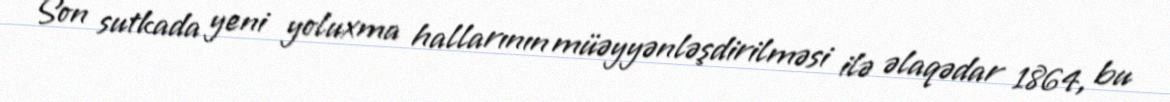
Son sutkada yeni yoluxma hallarının müəyyənləşdirilməsi ilə əlaqədar 1864, bu